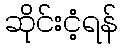
ဆိုင်းငံ့ရန်